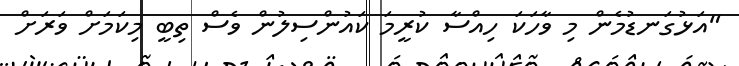
"އަޅުގަނޑުމެން މި ވާހަކަ ހިއްސާ ކުރީމަ ކައުންސިލުން ވެސް ތިބީ މިކަމަށް ވަރަށް